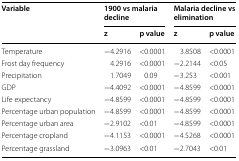
| <ROWSPAN=2> Variable | <COLSPAN=2> 1900 vs malaria decline | <COLSPAN=2> Malaria decline vs elimination |
 | z | p value | z | p value |
 | --- | --- | --- | --- | --- |
 | Temperature | −4.2916 | <0.0001 | 3.8508 | <0.0001 |
 | Frost day frequency | 4.2916 | <0.0001 | −2.2144 | <0.05 |
 | Precipitation | 1.7049 | 0.09 | −3.253 | <0.001 |
 | GDP | −4.4092 | <0.0001 | −4.8599 | <0.0001 |
 | Life expectancy | −4.8599 | <0.0001 | −4.8599 | <0.0001 |
 | Percentage urban population | −4.8599 | <0.0001 | −4.8599 | <0.0001 |
 | Percentage urban area | −2.9102 | <0.01 | −4.8599 | <0.0001 |
 | Percentage cropland | −4.1153 | <0.0001 | −4.5268 | <0.0001 |
 | Percentage grassland | −3.0963 | <0.01 | −2.7043 | <0.01 |